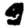
Digit: 9